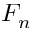
F _ { n }